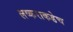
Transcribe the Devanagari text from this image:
लष्कराकडेच